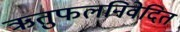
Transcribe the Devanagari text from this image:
ऋतुफलनिवेदित